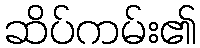
ဆိပ်ကမ်း၏